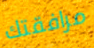
مرافقتك